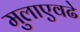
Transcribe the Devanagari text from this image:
मुलाएवढे